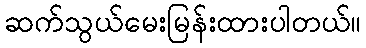
ဆက်သွယ်မေးမြန်းထားပါတယ်။